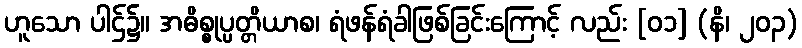
ဟူသော ပါဌ်၌။ အဓိစ္စုပ္ပတ္တိယာစ၊ ရံဖန်ရံခါဖြစ်ခြင်းကြောင့် လည်း [၀၁] (နိ၊ ၂၀၃)